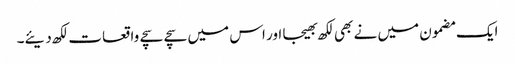
ایک مضمون میں نے بھی لکھ بھیجا اور اس میں سچے سچے واقعات لکھ دیئے۔